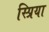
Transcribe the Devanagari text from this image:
स्प्रिया